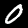
Digit: 0